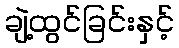
ချဲ့ထွင်ခြင်းနှင့်